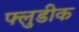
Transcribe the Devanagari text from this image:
फ्लुडीक